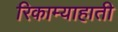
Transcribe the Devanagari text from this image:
रिकाम्याहाती